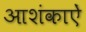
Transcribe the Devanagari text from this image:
आशंकाऐं